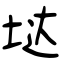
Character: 垯